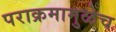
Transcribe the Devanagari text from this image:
पराक्रमामुळेच